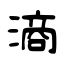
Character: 滳